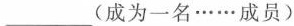
___(成为一名\cdots\cdots成员)